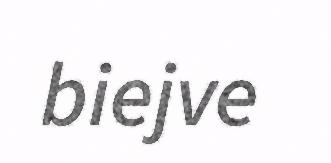
biejve